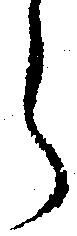
之